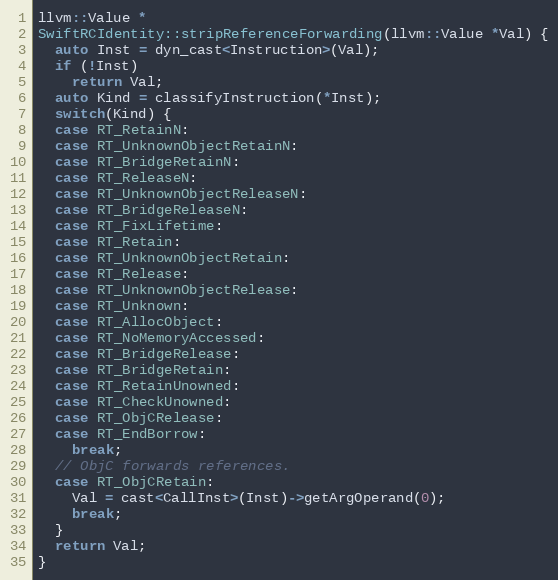
Language: C++
llvm::Value *
SwiftRCIdentity::stripReferenceForwarding(llvm::Value *Val) {
  auto Inst = dyn_cast<Instruction>(Val);
  if (!Inst)
    return Val;
  auto Kind = classifyInstruction(*Inst);
  switch(Kind) {
  case RT_RetainN:
  case RT_UnknownObjectRetainN:
  case RT_BridgeRetainN:
  case RT_ReleaseN:
  case RT_UnknownObjectReleaseN:
  case RT_BridgeReleaseN:
  case RT_FixLifetime:
  case RT_Retain:
  case RT_UnknownObjectRetain:
  case RT_Release:
  case RT_UnknownObjectRelease:
  case RT_Unknown:
  case RT_AllocObject:
  case RT_NoMemoryAccessed:
  case RT_BridgeRelease:
  case RT_BridgeRetain:
  case RT_RetainUnowned:
  case RT_CheckUnowned:
  case RT_ObjCRelease:
  case RT_EndBorrow:
    break;
  // ObjC forwards references.
  case RT_ObjCRetain:
    Val = cast<CallInst>(Inst)->getArgOperand(0);
    break;
  }
  return Val;
}